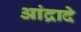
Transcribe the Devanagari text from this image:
आंद्रादे